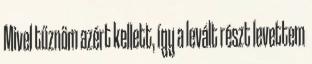
Mivel tűznöm azért kellett, így a levált részt levettem